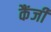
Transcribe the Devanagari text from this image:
कैंजी